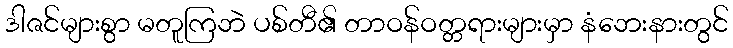
ဒါဇင်များစွာ မတူကြဘဲ ပစ်တီ၏ တာဝန်ဝတ္တရားများမှာ နံဘေးနားတွင်